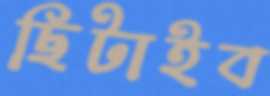
ছিটাইব